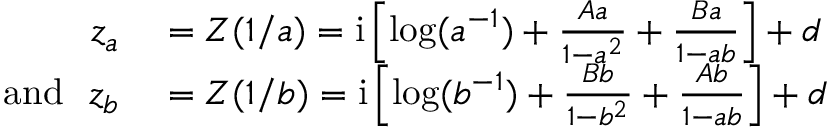
\begin{array} { r l } { z _ { a } } & { { } = Z ( 1 / a ) = \mathrm { i } \left[ \log ( a ^ { - 1 } ) + \frac { A a } { 1 - a ^ { 2 } } + \frac { B a } { 1 - a b } \right] + d } \\ { \mathrm { a n d } ~ ~ z _ { b } } & { { } = Z ( 1 / b ) = \mathrm { i } \left[ \log ( b ^ { - 1 } ) + \frac { B b } { 1 - b ^ { 2 } } + \frac { A b } { 1 - a b } \right] + d } \end{array}